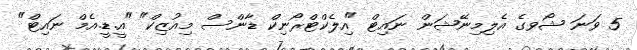
5 ވަނަ ޝޯވގެ އެލިމިނޭޝަން ނައިޓް "އިލެކްޓްރޯނިކް ޑާންސް މިއުޒިކް" "އީ.ޑީ.އެމް ނައިޓް"